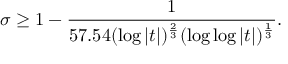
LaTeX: \sigma \geq 1 - { \frac { 1 } { 5 7 . 5 4 ( \log { | t | } ) ^ { \frac { 2 } { 3 } } ( \log { \log { | t | } } ) ^ { \frac { 1 } { 3 } } } } .